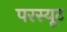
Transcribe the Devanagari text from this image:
परस्यूट